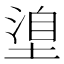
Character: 𭏈